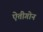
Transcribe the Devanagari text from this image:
ऐतीगोन